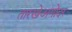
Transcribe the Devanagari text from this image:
तारखेअगोदर